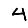
Digit: 4